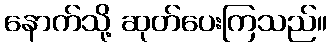
နောက်သို့ ဆုတ်ပေးကြသည်။